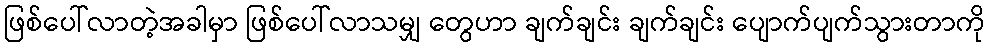
ဖြစ်ပေါ်လာတဲ့အခါမှာ ဖြစ်ပေါ်လာသမျှ တွေဟာ ချက်ချင်း ချက်ချင်း ပျောက်ပျက်သွားတာကို